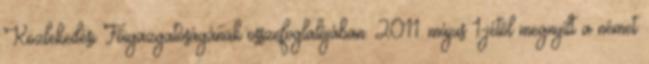
Közlekedési Főigazgatóságának összefoglalójában. 2011. május 1-jétől megnyílt a német